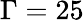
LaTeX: \Gamma=25